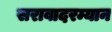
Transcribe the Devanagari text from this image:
सरावादरम्यान